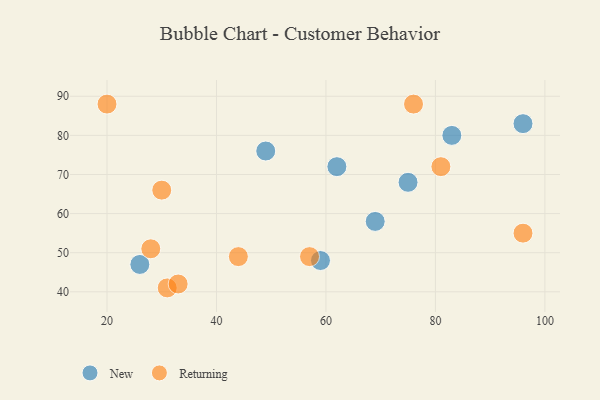
{"axis": {"x": "GDP", "y": "Life Expectancy"}, "legend": ["New", "Returning"], "data": [{"x": "59", "y": 48, "type": "New"}, {"x": "83", "y": 80, "type": "New"}, {"x": "69", "y": 58, "type": "New"}, {"x": "62", "y": 72, "type": "New"}, {"x": "96", "y": 83, "type": "New"}, {"x": "26", "y": 47, "type": "New"}, {"x": "49", "y": 76, "type": "New"}, {"x": "75", "y": 68, "type": "New"}, {"x": "44", "y": 49, "type": "Returning"}, {"x": "96", "y": 55, "type": "Returning"}, {"x": "30", "y": 66, "type": "Returning"}, {"x": "76", "y": 88, "type": "Returning"}, {"x": "81", "y": 72, "type": "Returning"}, {"x": "28", "y": 51, "type": "Returning"}, {"x": "57", "y": 49, "type": "Returning"}, {"x": "20", "y": 88, "type": "Returning"}, {"x": "31", "y": 41, "type": "Returning"}, {"x": "33", "y": 42, "type": "Returning"}]}